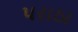
પરાઠા